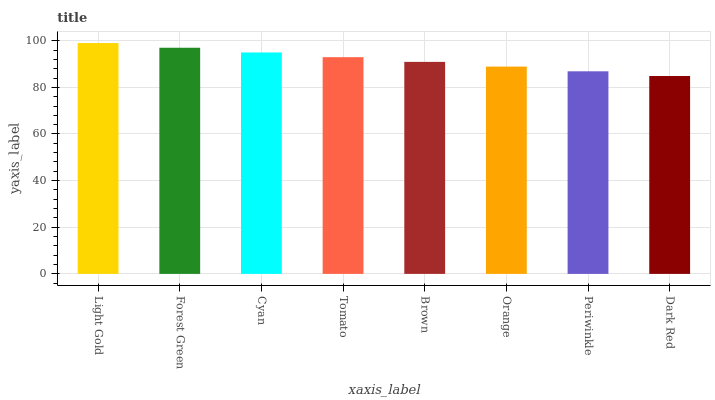
| xaxis_label | bars |
 | --- | --- |
 | Light Gold | 99 |
 | Forest Green | 97 |
 | Cyan | 95 |
 | Tomato | 92.9 |
 | Brown | 90.9 |
 | Orange | 88.9 |
 | Periwinkle | 86.9 |
 | Dark Red | 84.9 |